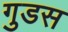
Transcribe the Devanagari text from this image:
गुडस